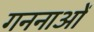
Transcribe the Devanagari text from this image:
गननाओं